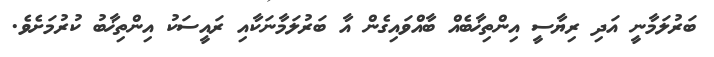
ބަރުލަމާނީ އަދި ރިޔާސީ އިންތިޚާބެއް ބާއްވައިގެން އާ ބަރުލަމާނަކާއި ރައީސަކު އިންތިޚާބު ކުރުމަށެވެ.